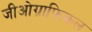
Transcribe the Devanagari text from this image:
जीओग्राफ़िकल